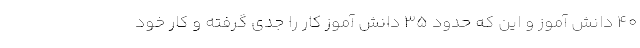
۴۰ دانش آموز و این که حدود ۳۵ دانش آموز کار را جدی گرفته و کار خود